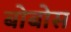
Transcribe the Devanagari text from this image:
बोबोस